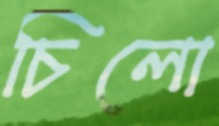
চিলো